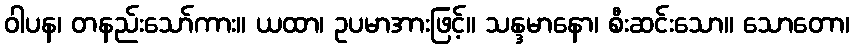
ဝါပန၊ တနည်းသော်ကား။ ယထာ၊ ဥပမာအားဖြင့်။ သန္ဒမာနော၊ စီးဆင်းသော။ သောတော၊